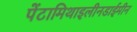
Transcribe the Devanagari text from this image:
पेंटामिथाइलीनडाईमीन